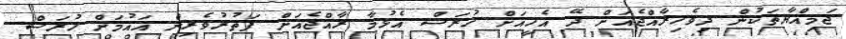
ޖަމިއްޔާތަކުން ދިވެހިރާއްޖެއަށް ދޭ އެހީއަށް ހުރަސް އެޅުމާ ރާއްޖެއަށް ފަތުރުވެރިން އައުމަށް ހުރަސް